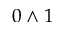
0 \wedge 1